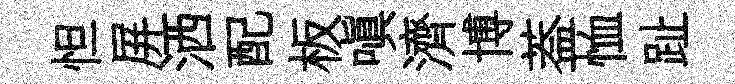
怛屏洒配板嗔濟博葢恤趾